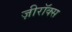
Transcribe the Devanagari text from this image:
ज़ीरॉक्स